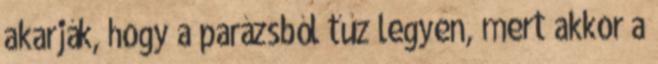
akarják, hogy a parázsból tűz legyen, mert akkor a